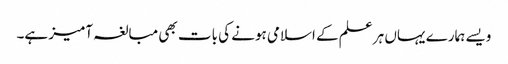
ویسے ہمارے یہاں ہر علم کے اسلامی ہونے کی بات بھی مبالغہ آمیز ہے۔